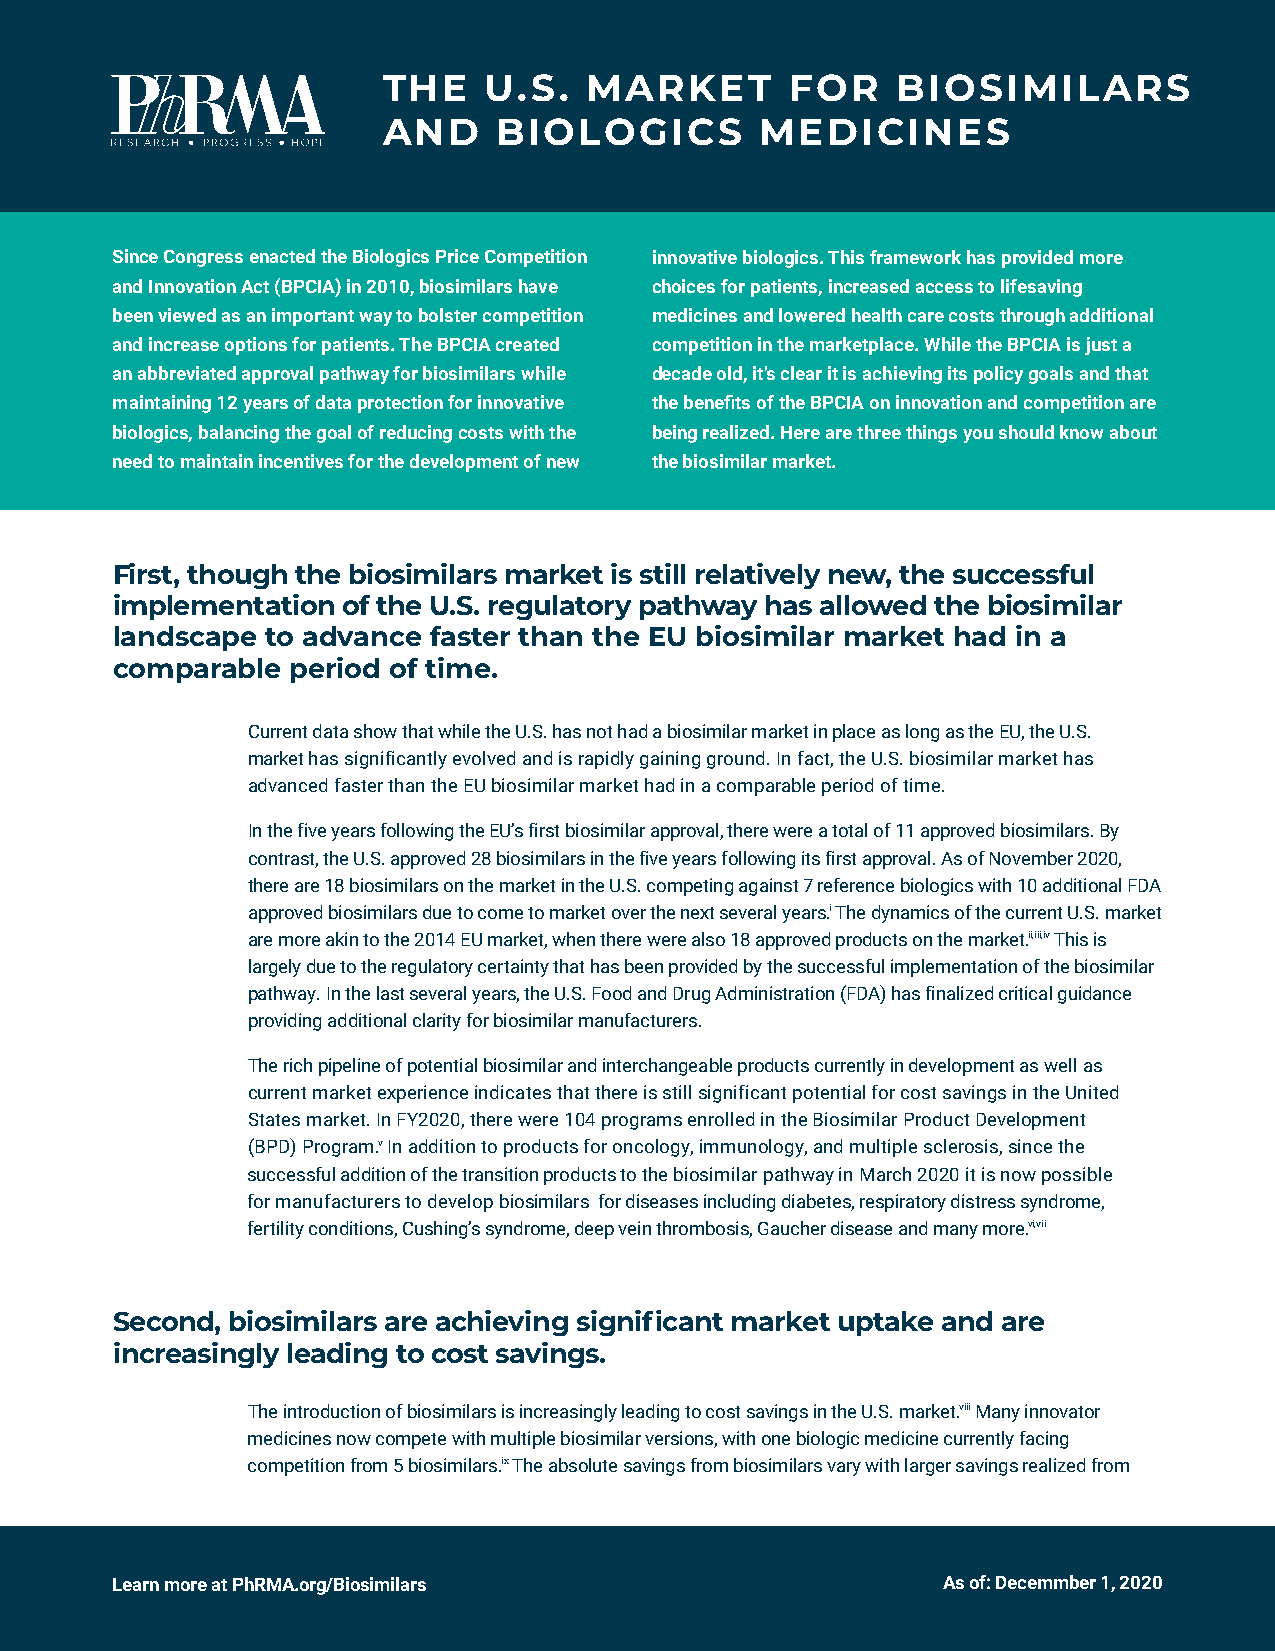
THE    U.S.   MARKET       FOR    BIOSIMILARS
 AND     BIOLOGICS        MEDICINES
 Since Congress enacted the Biologics Price Competition innovative biologics. This framework has provided more
 and Innovation Act (BPCIA) in 2010, biosimilars have choices for patients, increased access to lifesaving
 been viewed as an important way to bolster competition medicines and lowered health care costs through additional
 and increase options for patients. The BPCIA created competition in the marketplace. While the BPCIA is just a
 an abbreviated approval pathway for biosimilars while decade old, it’s clear it is achieving its policy goals and that
 maintaining 12 years of data protection for innovative the benefits of the BPCIA on innovation and competition are
 biologics, balancing the goal of reducing costs with the being realized. Here are three things you should know about
 need to maintain incentives for the development of new the biosimilar market.
 First, though the biosimilars market is still relatively new, the successful
 implementation  of the U.S. regulatory pathway has allowed the biosimilar
 landscape  to advance faster than the EU biosimilar market had in a
 comparable  period of time.
 Current data show that while the U.S. has not had a biosimilar market in place as long as the EU, the U.S.
 market has significantly evolved and is rapidly gaining ground. In fact, the U.S. biosimilar market has
 advanced faster than the EU biosimilar market had in a comparable period of time.
 In the five years following the EU’s first biosimilar approval, there were a total of 11 approved biosimilars. By
 contrast, the U.S. approved 28 biosimilars in the five years following its first approval. As of November 2020,
 there are 18 biosimilars on the market in the U.S. competing against 7 reference biologics with 10 additional FDA
 approved biosimilars due to come to market over the next several years.i The dynamics of the current U.S. market
 are more akin to the 2014 EU market, when there were also 18 approved products on the market.ii,iii,iv This is
 largely due to the regulatory certainty that has been provided by the successful implementation of the biosimilar
 pathway. In the last several years, the U.S. Food and Drug Administration (FDA) has finalized critical guidance
 providing additional clarity for biosimilar manufacturers.
 The rich pipeline of potential biosimilar and interchangeable products currently in development as well as
 current market experience indicates that there is still significant potential for cost savings in the United
 States market. In FY2020, there were 104 programs enrolled in the Biosimilar Product Development
 (BPD) Program.v In addition to products for oncology, immunology, and multiple sclerosis, since the
 successful addition of the transition products to the biosimilar pathway in March 2020 it is now possible
 for manufacturers to develop biosimilars for diseases including diabetes, respiratory distress syndrome,
 fertility conditions, Cushing’s syndrome, deep vein thrombosis, Gaucher disease and many more.vi,vii
 Second, biosimilars are achieving significant market uptake and are
 increasingly leading to cost savings.
 The introduction of biosimilars is increasingly leading to cost savings in the U.S. market.viii Many innovator
 medicines now compete with multiple biosimilar versions, with one biologic medicine currently facing
 competition from 5 biosimilars.ix The absolute savings from biosimilars vary with larger savings realized from
 Learn more at PhRMA.org/Biosimilars                    As of: Decemmber 1, 2020